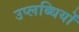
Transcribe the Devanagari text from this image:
उप्लब्धियों